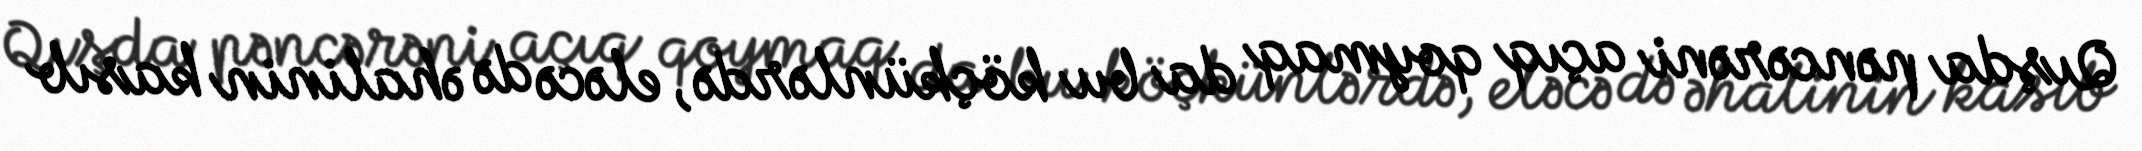
Qışda pəncərəni açıq qoymaq da bu köçkünlərdə, eləcə də əhalinin kasıb